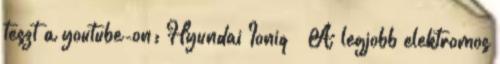
teszt a youtube-on: Hyundai Ioniq – A legjobb elektromos